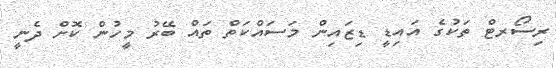
ރިސޯރޓް ތަކުގެ އައިޑީ ޑިޒައިން މަސައްކަތް ތައް ބޭރު މީހުން ކޮށް ދެނީ